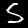
Digit: 5